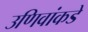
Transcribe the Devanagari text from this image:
उणिवांकडे